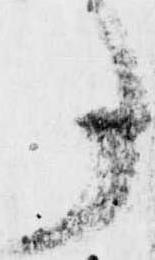
事